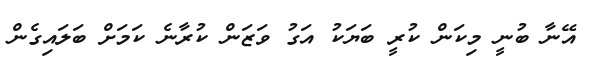
އޭނާ ބުނީ މިކަން ކުރީ ބަޔަކު އަގު ވަޒަން ކުރާނެ ކަމަށް ބަލައިގެން